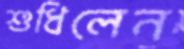
শুধিলেন